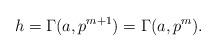
LaTeX: \begin{align*} h=\Gamma(a,p^{m+1})=\Gamma(a,p^m).\end{align*}